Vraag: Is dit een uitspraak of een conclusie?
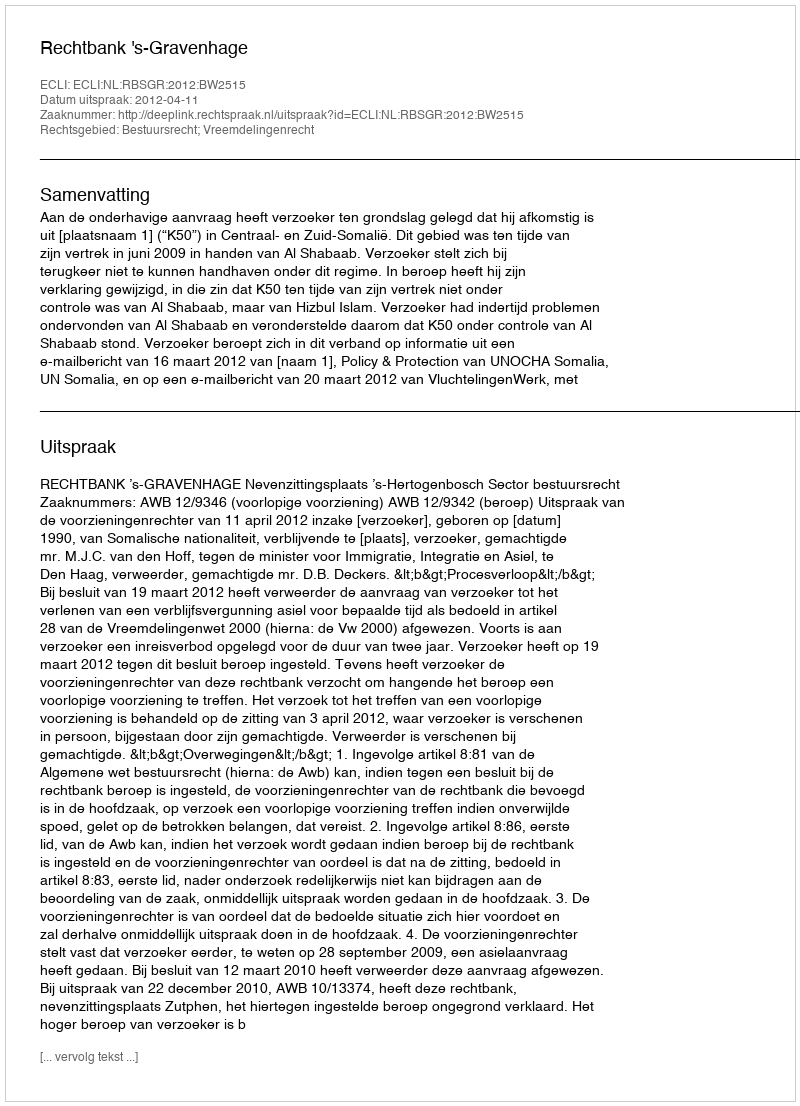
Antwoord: Uitspraak